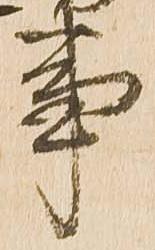
事